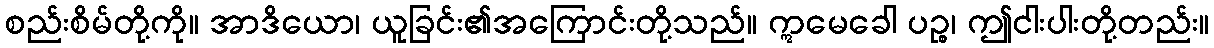
စည်းစိမ်တို့ကို။ အာဒိယော၊ ယူခြင်း၏အကြောင်းတို့သည်။ ဣမေခေါ ပဉ္စ၊ ဤငါးပါးတို့တည်း။